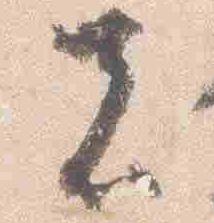
者